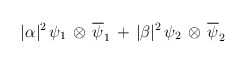
\begin{align*}|{\alpha}|^{2}\,{\psi}_{1} \,\otimes\, {\overline {\psi}_{1}} \,+\, |{\beta}|^{2}\,{\psi}_{2} \,\otimes\, {\overline {\psi}_{2}}\end{align*}